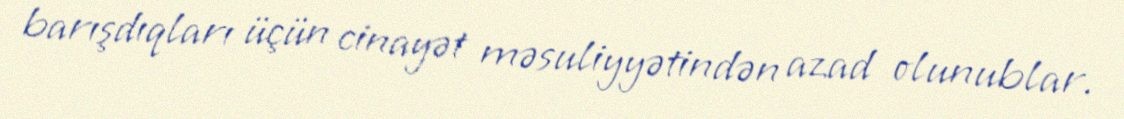
barışdıqları üçün cinayət məsuliyyətindən azad olunublar.